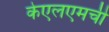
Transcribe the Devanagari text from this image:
केएलएमची